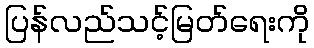
ပြန်လည်သင့်မြတ်ရေးကို